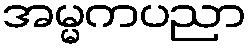
အမ္မကပညာ